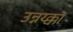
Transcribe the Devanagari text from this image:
उन्नय्क्का